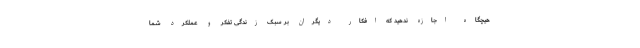
هیچگاه اجازه ندهید که افکار دیگران بر سبک زندگی تفکر و عملکرد شما